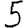
Digit: 5